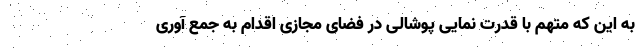
به این که متهم با قدرت نمایی پوشالی در فضای مجازی اقدام به جمع آوری